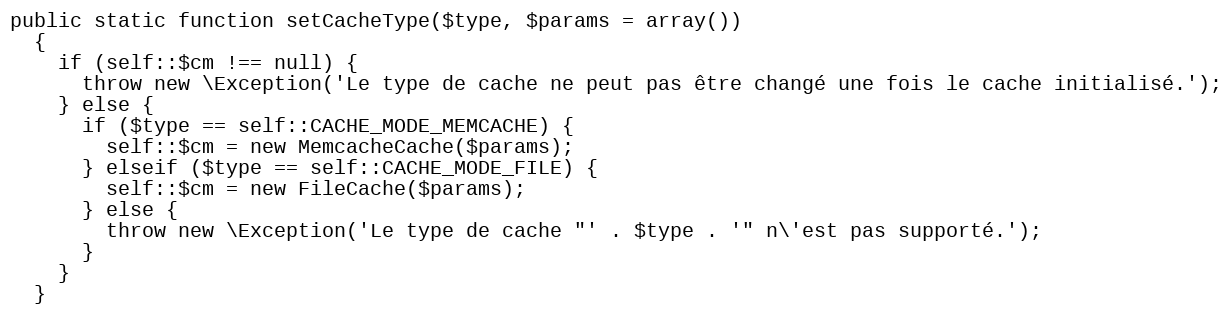
Language: PHP
public static function setCacheType($type, $params = array())
  {
    if (self::$cm !== null) {
      throw new \Exception('Le type de cache ne peut pas être changé une fois le cache initialisé.');
    } else {
      if ($type == self::CACHE_MODE_MEMCACHE) {
        self::$cm = new MemcacheCache($params);
      } elseif ($type == self::CACHE_MODE_FILE) {
        self::$cm = new FileCache($params);
      } else {
        throw new \Exception('Le type de cache "' . $type . '" n\'est pas supporté.');
      }
    }
  }